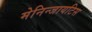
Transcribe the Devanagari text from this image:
मेनिन्जायटिस